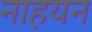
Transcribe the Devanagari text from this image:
नाहयन